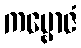
ကမ္ဗောဇံ